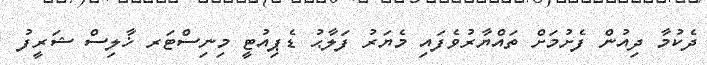
ދެކުމާ ދިއުން ފެށުމަށް ތައްޔާރުވެފައި މެޔަރު ފަލާޙު ޑެޕިއުޓީ މިނިސްޓަރ ޚާލިސް ޝަރީފު